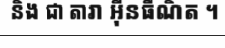
និង ជា តារា អ៊ីនធឺណិត ។